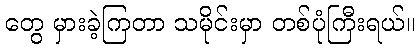
တွေ မှားခဲ့ကြတာ သမိုင်းမှာ တစ်ပုံကြီးရယ်။